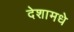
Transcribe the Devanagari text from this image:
देशामधे